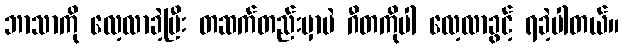
ဘာသာကို လေ့လာခဲ့ပြီး တဆက်တည်းမှာပဲ ဂီတကိုပါ လေ့လာခွင့် ရခဲ့ပါတယ်။